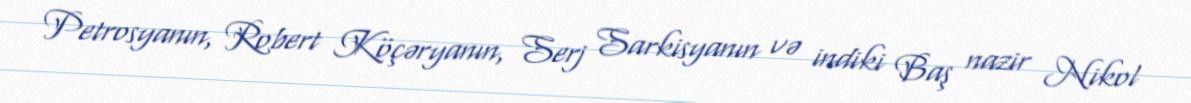
Petrosyanın, Robert Köçəryanın, Serj Sarkisyanın və indiki Baş nazir Nikol